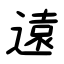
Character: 遠